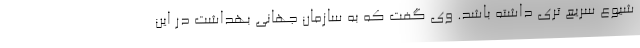
شیوع سریع تری داشته باشد. وی گفت که به سازمان جهانی بهداشت در این